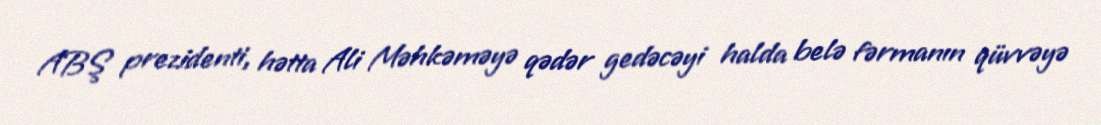
ABŞ prezidenti, hətta Ali Məhkəməyə qədər gedəcəyi halda belə fərmanın qüvvəyə